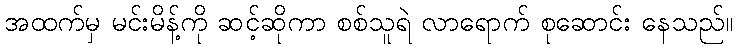
အထက်မှ မင်းမိန့်ကို ဆင့်ဆိုကာ စစ်သူရဲ လာရောက် စုဆောင်း နေသည်။